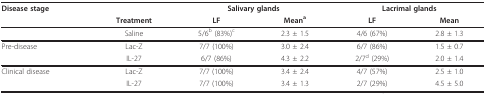
<table><thead><tr><td><b>Disease stage</b></td><td></td><td colspan="2"><b>Salivary glands</b></td><td colspan="2"><b>Lacrimal glands</b></td></tr><tr><td></td><td><b>Treatment</b></td><td><b>LF</b></td><td><b>Mean<sup>a</sup></b></td><td><b>LF</b></td><td><b>Mean</b></td></tr></thead><tbody><tr><td></td><td>Saline</td><td>5/6<sup>b </sup>(83%)<sup>c</sup></td><td>2.3 ± 1.5</td><td>4/6 (67%)</td><td>2.8 ± 1.3</td></tr><tr><td>Pre-disease</td><td>Lac-Z</td><td>7/7 (100%)</td><td>3.0 ± 2.4</td><td>6/7 (86%)</td><td>1.5 ± 0.7</td></tr><tr><td></td><td>IL-27</td><td>6/7 (86%)</td><td>4.3 ± 2.2</td><td>2/7<sup>d </sup>(29%)</td><td>2.0 ± 1.4</td></tr><tr><td>Clinical disease</td><td>Lac-Z</td><td>7/7 (100%)</td><td>3.4 ± 2.4</td><td>4/7 (57%)</td><td>2.5 ± 1.0</td></tr><tr><td></td><td>IL-27</td><td>7/7 (100%)</td><td>3.4 ± 1.3</td><td>2/7 (29%)</td><td>4.5 ± 5.0</td></tr></tbody></table>